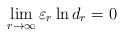
LaTeX: \begin{align*}\lim_{r\rightarrow\infty}\varepsilon_{r}\ln d_{r}=0\end{align*}